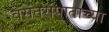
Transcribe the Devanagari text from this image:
वसंतसंपाताच्या